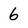
Character: 6